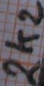
Text: 2k2